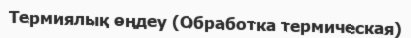
Термиялық өңдеу (Обработка термическая)